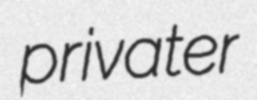
privater